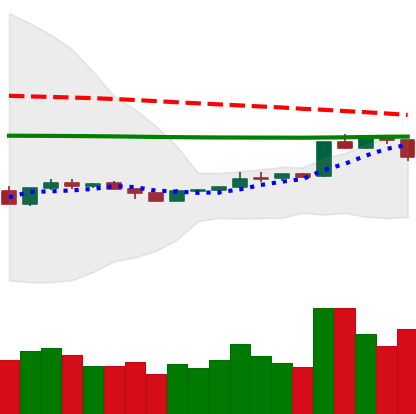
Ticker: ETH-USD
Chart end date: 2020-04-10
Forward return: -3.236%
Label: down_3_5